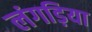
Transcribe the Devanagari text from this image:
लंगड़िया